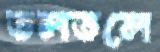
তলতলে